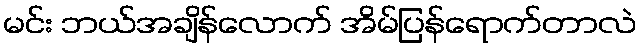
မင်း ဘယ်အချိန်လောက် အိမ်ပြန်ရောက်တာလဲ